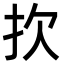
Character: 扻